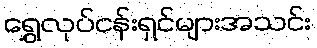
ရွှေလုပ်ငန်းရှင်များအသင်း